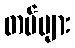
တပ်များ